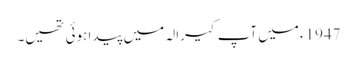
1947ء میں آپ کیرالہ میں پیدا ہوئی تھیں۔